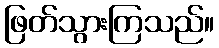
ဖြတ်သွားကြသည်။